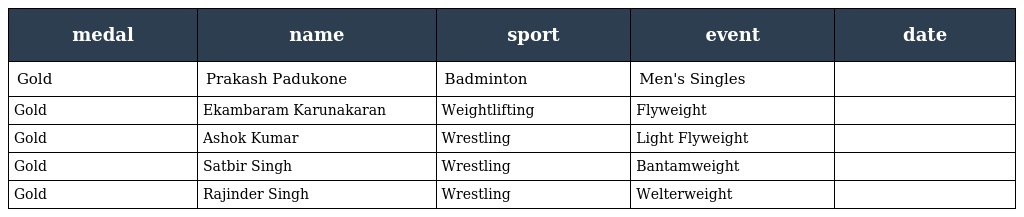
| medal | name | sport | event | date |
 | --- | --- | --- | --- | --- |
 | Gold | Prakash Padukone | Badminton | Men's Singles |  |
 | Gold | Ekambaram Karunakaran | Weightlifting | Flyweight |  |
 | Gold | Ashok Kumar | Wrestling | Light Flyweight |  |
 | Gold | Satbir Singh | Wrestling | Bantamweight |  |
 | Gold | Rajinder Singh | Wrestling | Welterweight |  |